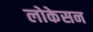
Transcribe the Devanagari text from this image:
लोकेसन